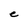
Character: e